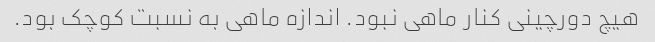
هیچ دورچینی کنار ماهی نبود. اندازه ماهی به نسبت کوچک بود.